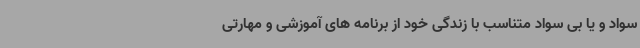
سواد و یا بی سواد متناسب با زندگی خود از برنامه های آموزشی و مهارتی